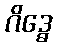
ဂိဒ္ဓေ